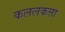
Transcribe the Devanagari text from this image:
कललकत्ता